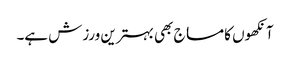
آنکھوں کا مساج بھی بہترین ورزش ہے۔